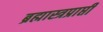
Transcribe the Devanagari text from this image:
ब्रह्मास्त्रप्राप्ती